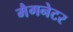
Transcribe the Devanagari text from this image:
मैगनेटर